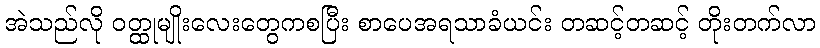
အဲသည်လို ဝတ္ထုမျိုးလေးတွေကစပြီး စာပေအရသာခံယင်း တဆင့်တဆင့် တိုးတက်လာ